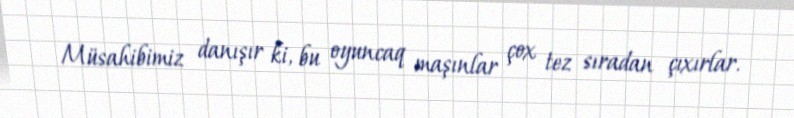
Müsahibimiz danışır ki, bu oyuncaq maşınlar çox tez sıradan çıxırlar.